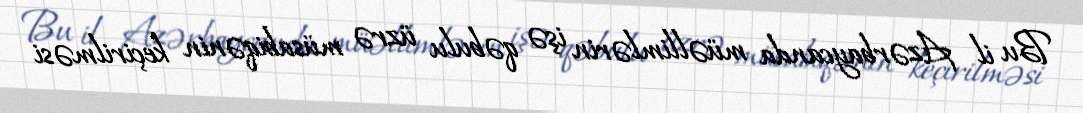
Bu il Azərbaycanda müəllimlərin işə qəbulu üzrə müsabiqənin keçirilməsi